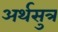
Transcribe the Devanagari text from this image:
अर्थसुत्र